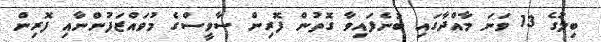
ބިލުގެ 13 ވަނަ މާއްދާގައި ބުނެފައިވާ ގޮތުން ފޮރިން ސާވީސްގެ މުވައްޒަފުންނާއި ފޮރިން